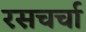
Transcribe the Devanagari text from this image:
रसचर्चा